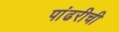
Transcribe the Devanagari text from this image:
पांढरीची